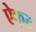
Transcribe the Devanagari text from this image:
ऐक्‌ट